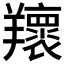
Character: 𦏨